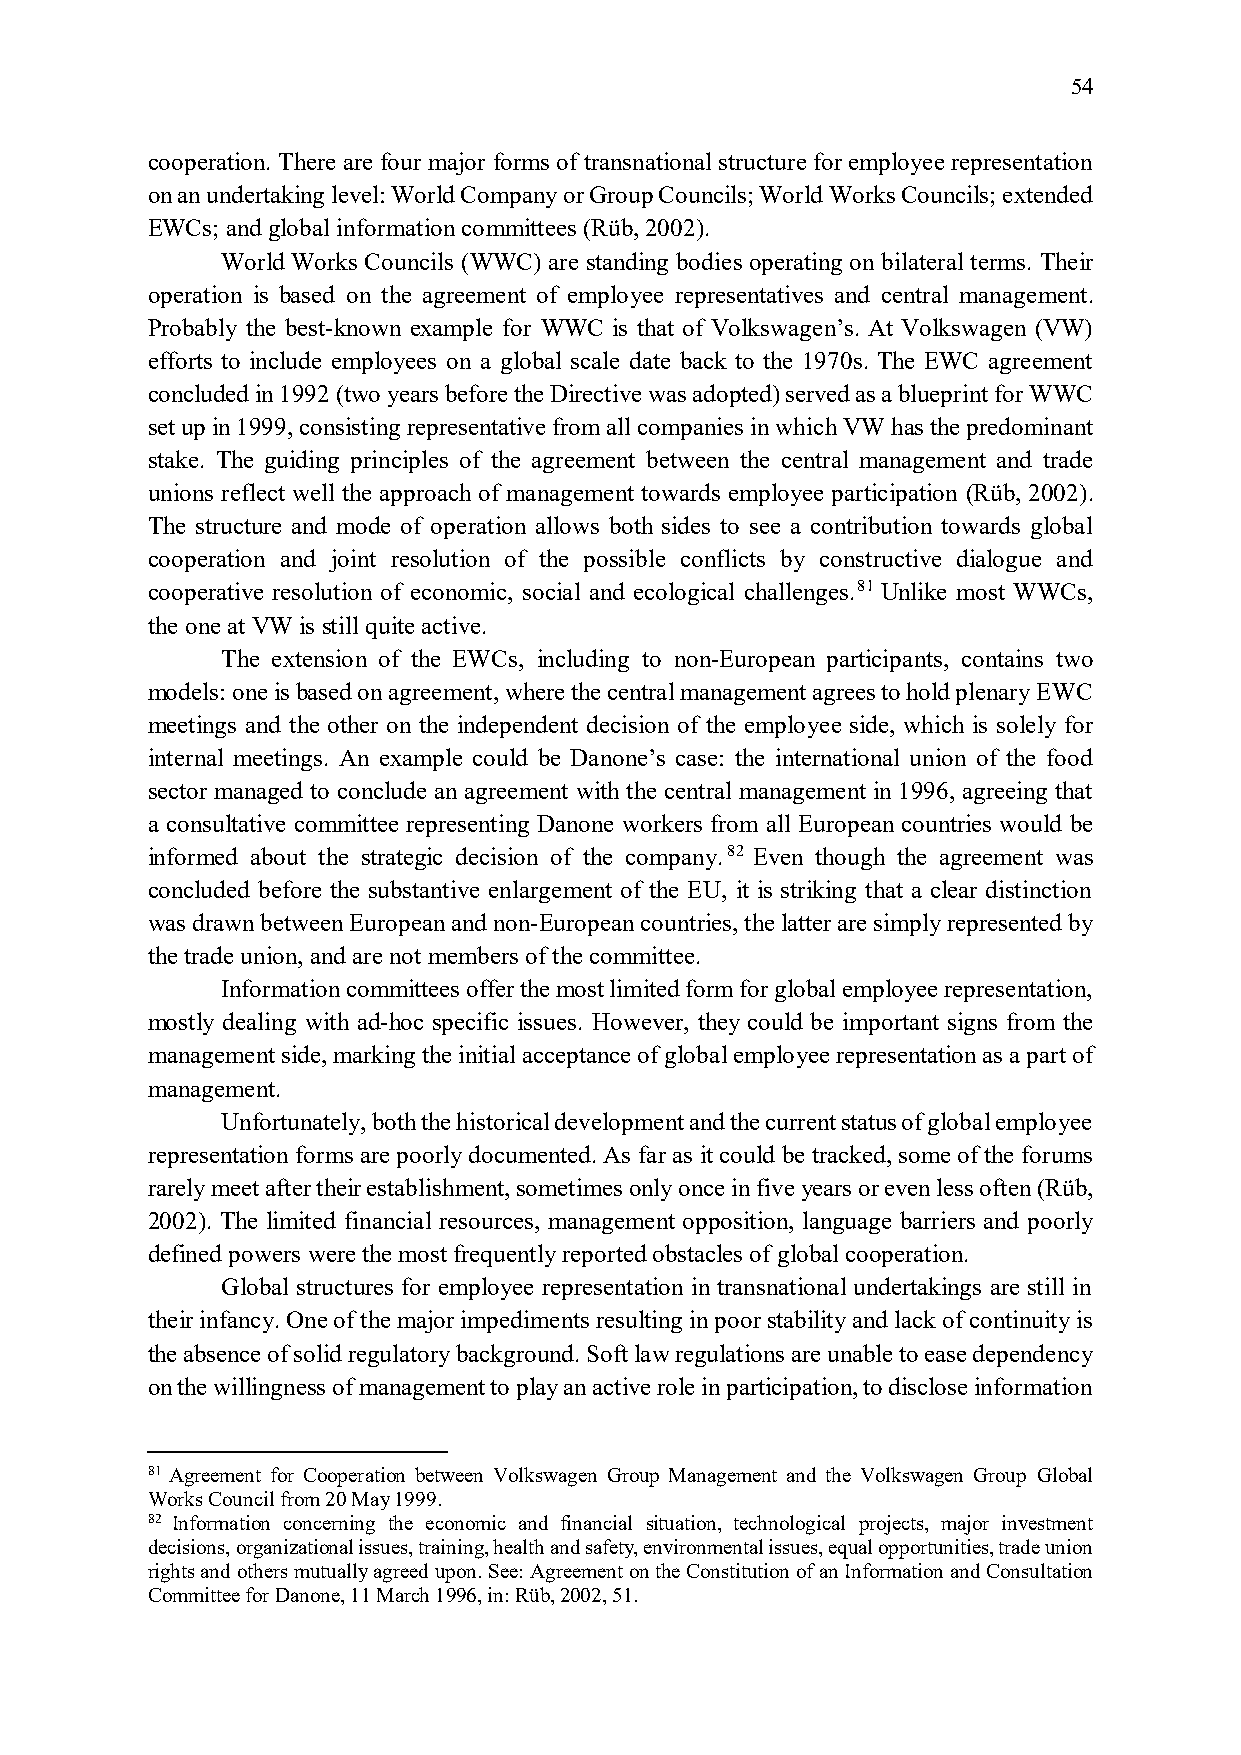
54
 cooperation. There are four major forms of transnational structure for employee representation
 on an undertaking level: World Company or Group Councils; World Works Councils; extended
 EWCs; and global information committees (Rüb, 2002).
 World Works Councils (WWC) are standing bodies operating on bilateral terms. Their
 operation is based on the agreement of employee representatives and central management.
 Probably the best-known example for WWC is that of Volkswagen’s. At Volkswagen (VW)
 efforts to include employees on a global scale date back to the 1970s. The EWC agreement
 concluded in 1992 (two years before the Directive was adopted) served as a blueprint for WWC
 set up in 1999, consisting representative from all companies in which VW has the predominant
 stake. The guiding principles of the agreement between the central management and trade
 unions reflect well the approach of management towards employee participation (Rüb, 2002).
 The structure and mode of operation allows both sides to see a contribution towards global
 cooperation and joint resolution of the possible conflicts by constructive dialogue and
 cooperative resolution of economic, social and ecological challenges.81 Unlike most WWCs,
 the one at VW is still quite active.
 The extension of the EWCs, including to non-European participants, contains two
 models: one is based on agreement, where the central management agrees to hold plenary EWC
 meetings and the other on the independent decision of the employee side, which is solely for
 internal meetings. An example could be Danone’s case: the international union of the food
 sector managed to conclude an agreement with the central management in 1996, agreeing that
 a consultative committee representing Danone workers from all European countries would be
 informed about the strategic decision of the company.82 Even though the agreement was
 concluded before the substantive enlargement of the EU, it is striking that a clear distinction
 was drawn between European and non-European countries, the latter are simply represented by
 the trade union, and are not members of the committee.
 Information committees offer the most limited form for global employee representation,
 mostly dealing with ad-hoc specific issues. However, they could be important signs from the
 management side, marking the initial acceptance of global employee representation as a part of
 management.
 Unfortunately, both the historical development and the current status of global employee
 representation forms are poorly documented. As far as it could be tracked, some of the forums
 rarely meet after their establishment, sometimes only once in five years or even less often (Rüb,
 2002). The limited financial resources, management opposition, language barriers and poorly
 defined powers were the most frequently reported obstacles of global cooperation.
 Global structures for employee representation in transnational undertakings are still in
 their infancy. One of the major impediments resulting in poor stability and lack of continuity is
 the absence of solid regulatory background. Soft law regulations are unable to ease dependency
 on the willingness of management to play an active role in participation, to disclose information
 81 Agreement for Cooperation between Volkswagen Group Management and the Volkswagen Group Global
 Works Council from 20 May 1999.
 82 Information concerning the economic and financial situation, technological projects, major investment
 decisions, organizational issues, training, health and safety, environmental issues, equal opportunities, trade union
 rights and others mutually agreed upon. See: Agreement on the Constitution of an Information and Consultation
 Committee for Danone, 11 March 1996, in: Rüb, 2002, 51.